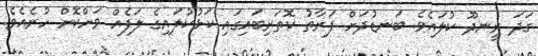
ގަދަ ރީނދޫ ކުލައެވެ. ބަނޑުދަށް ފަރާތު ކޮތަރިބައިގައި ކަޅުކުލައިގެ ލަފެއް ވަށްކޮށް ހުރެއެވެ.